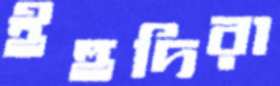
ইহুদিরা